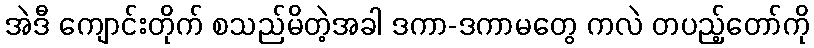
အဲဒီ ကျောင်းတိုက် စသည်မိတဲ့အခါ ဒကာ-ဒကာမတွေ ကလဲ တပည့်တော်ကို